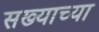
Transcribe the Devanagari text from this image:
सख्याच्या